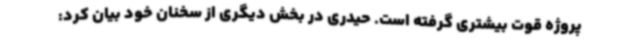
پروژه قوت بیشتری گرفته است. حیدری در بخش دیگری از سخنان خود بیان کرد: